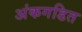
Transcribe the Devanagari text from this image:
अंकगडित